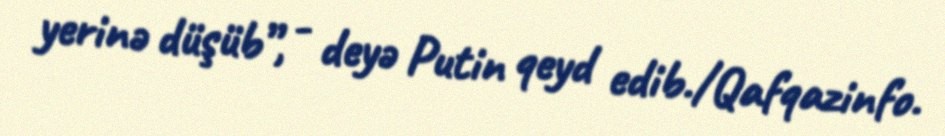
yerinə düşüb”, - deyə Putin qeyd edib./Qafqazinfo.